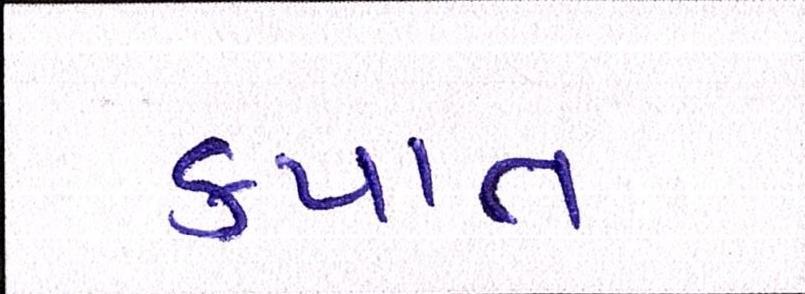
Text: કપાત